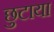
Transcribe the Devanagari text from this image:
छुटाया